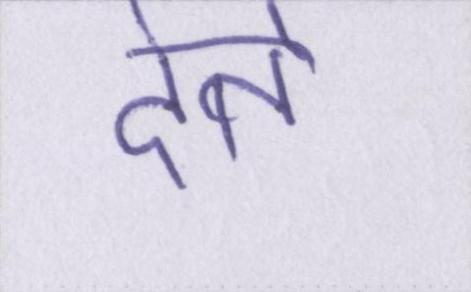
देते